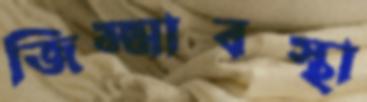
জিম্মাবস্থা